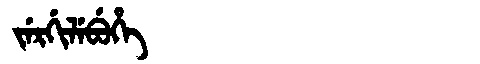
Manchu: ᠵᡝᡵᡤᡳᠯᡝᠪᡠᡥᡝ
Romanization: JERGILEBUHE